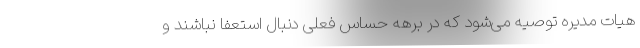
هیات مدیره توصیه می‌شود که در برهه حساس فعلی دنبال استعفا نباشند و